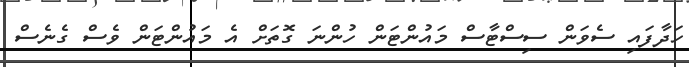
ހަދާފައި ސެވަން ސިސްޓާސް މައުންޓަން ހުންނަ ގޮތަށް އެ މައުންޓަން ވެސް ގެނެސް